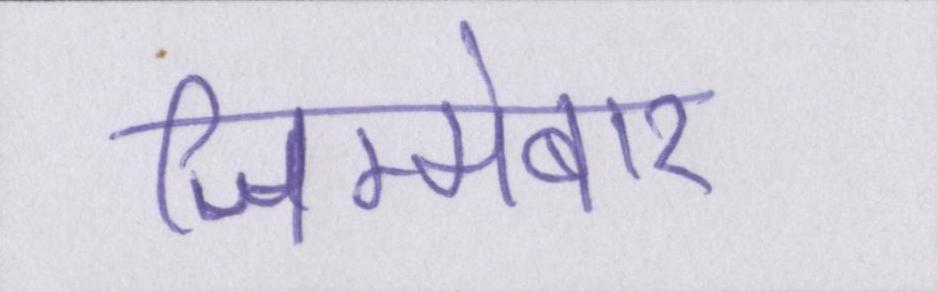
जिम्मेबार